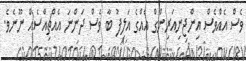
ވެސް އެއްވެސް އިންޖިނިއަރިންގް އެއްގެ އަލިފު ބާ ވެސް ދަންނަ އެއްޗިއްސެއް ނޫނެވެ.